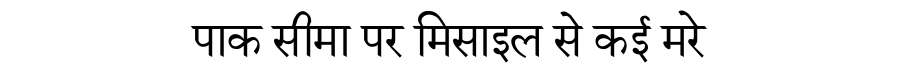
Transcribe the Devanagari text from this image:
पाक सीमा पर मिसाइल से कई मरे